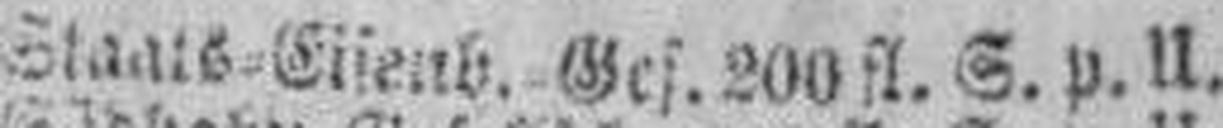
Staats=Eisenb. Ges. 200 fl. S. p. U.